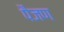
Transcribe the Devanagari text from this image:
पैजण